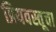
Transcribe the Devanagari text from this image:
प्रियवस्तूचा